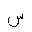
Letter: _sin